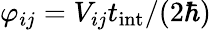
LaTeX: \varphi_{ij}=V_{ij}t_{\mathrm{int}}/(2\hbar)